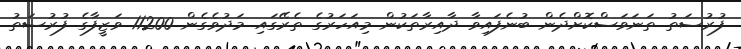
ފުރުސަތު ތަނަވަސްކޮށްދެން ބުނެފައިވާ ދާއިރާތަކުން މިއަހަރުގެ ތެރޭގައި މަދުވެގެން 11200 ވަޒީފާގެ ފުރުސަތު